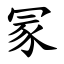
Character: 冡